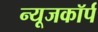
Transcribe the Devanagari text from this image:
न्यूजकॉर्प